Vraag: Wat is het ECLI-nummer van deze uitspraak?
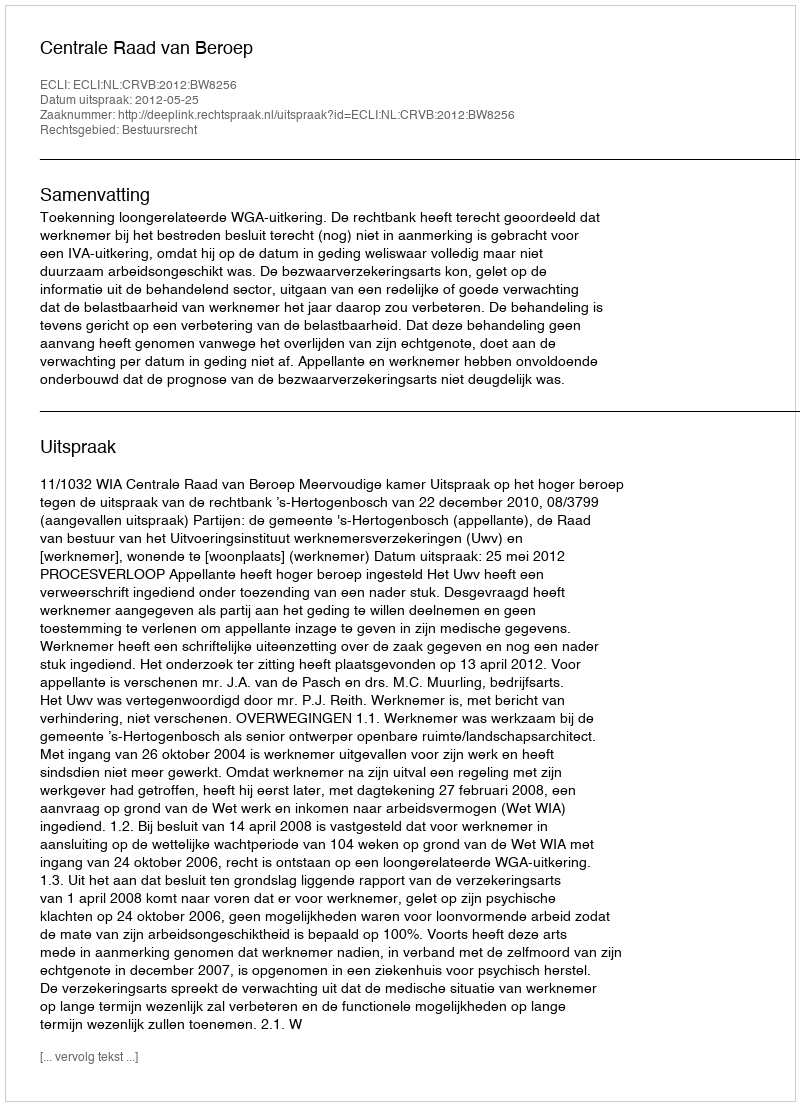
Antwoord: ECLI:NL:CRVB:2012:BW8256